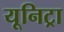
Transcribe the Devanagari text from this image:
यूनिट्रा